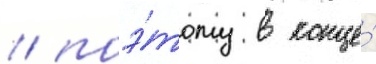
/ поэ́тому в конце́